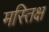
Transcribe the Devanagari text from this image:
मस्तिक्ष